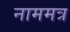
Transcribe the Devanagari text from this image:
नाममत्र